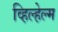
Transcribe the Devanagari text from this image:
व्हिल्हेल्म